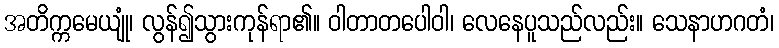
အတိက္ကမေယျုံ၊ လွန်၍သွားကုန်ရာ၏။ ဝါတာတပေါဝါ၊ လေနေပူသည်လည်း။ သေနာဟဂတံ၊